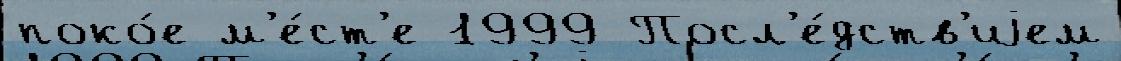
поко́е м'е́ст'е 1999 Посл'е́дств'иjем